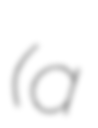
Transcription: (a